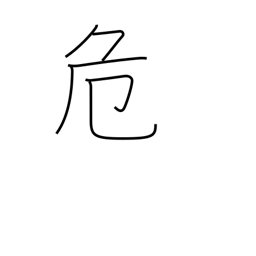
Meaning: uneasy